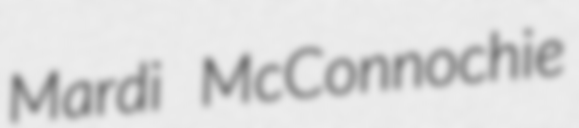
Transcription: Mardi McConnochie